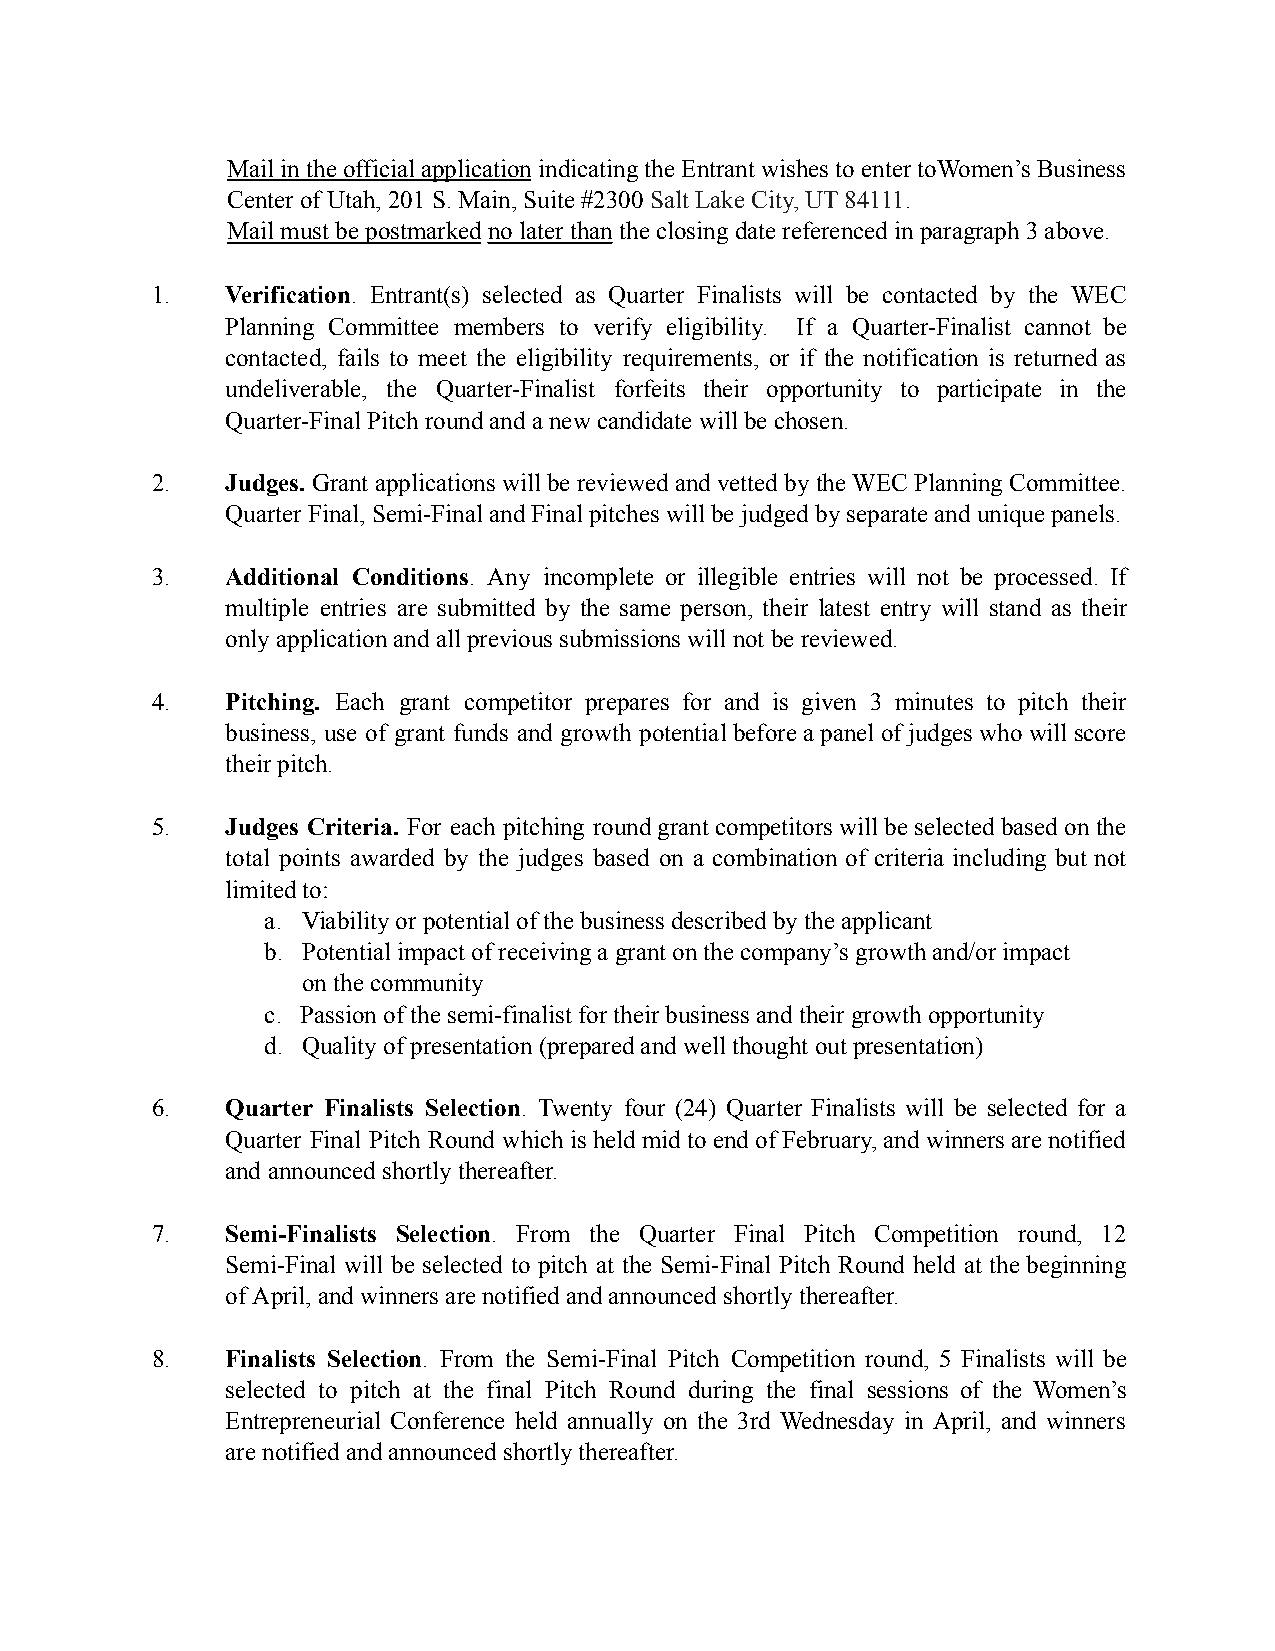
Mailin theofficial application indicatingthe Entrant wishesto entertoWomen’sBusiness
 Center of Utah, 201 S. Main, Suite #2300 Salt LakeCity, UT 84111.
 Mail must be postmarked no later thanthe closingdate referenced in paragraph 3 above.
 1.   Verification. Entrant(s) selected as Quarter Finalists will be contacted by the WEC
 Planning Committee members to verify eligibility. If a Quarter-Finalist cannot be
 contacted, fails to meet the eligibility requirements, or if the notification is returned as
 undeliverable, the Quarter-Finalist forfeits their opportunity to participate in the
 Quarter-Final Pitch round and a new candidate will be chosen.
 2.   Judges.Grant applications willbe reviewedandvettedbythe WECPlanning Committee.
 Quarter Final, Semi-Final and Final pitches will be judged by separate and unique panels.
 3.   Additional Conditions. Any incomplete or illegible entries will not be processed. If
 multiple entries are submitted by the same person, their latest entry will stand as their
 only application and all previous submissions will not be reviewed.
 4.   Pitching. Each grant competitor prepares for and is given 3 minutes to pitch their
 business, use of grant funds and growth potentialbefore apanel ofjudges who willscore
 their pitch.
 5.   Judges Criteria. For each pitching roundgrantcompetitorswill beselected based onthe
 total points awarded by the judges based on a combination of criteria including but not
 limited to:
 a. Viability or potential of the business described by the applicant
 b. Potential impact of receiving a grant on the company’s growth and/or impact
 on the community
 c. Passion of the semi-finalist for their business and their growth opportunity
 d. Quality of presentation (prepared and well thought out presentation)
 6.   Quarter Finalists Selection. Twenty four (24) Quarter Finalists will be selected for a
 Quarter Final Pitch Round whichis heldmid toendof February,andwinnersarenotified
 and announced shortly thereafter.
 7.   Semi-Finalists Selection. From the Quarter Final Pitch Competition round, 12
 Semi-Final will be selected to pitch at the Semi-Final Pitch Round held at thebeginning
 of April, and winners are notified and announced shortlythereafter.
 8.   Finalists Selection. From the Semi-Final Pitch Competition round, 5 Finalists will be
 selected to pitch at the final Pitch Round during the final sessions of the Women’s
 Entrepreneurial Conference held annually on the 3rd Wednesday in April, and winners
 are notified and announced shortly thereafter.